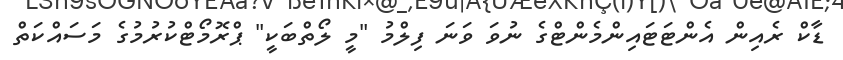
ޑާކް ރެއިން އެންޓަޓައިންމެންޓްގެ ނުވަ ވަނަ ފިލްމު "މީ ލޯތްބަކީ" ޕްރޮމޯޓްކުރުމުގެ މަސައްކަތް